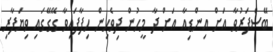
ބޭސްފަރުވާ އަށް އިންޑިއާ އަށް ދާ މީހުން ދިވެހިން ހިފާފައިވާ ގޭގޭގައި ވިޔަފާރި